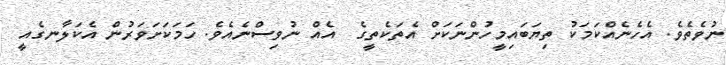
ނުވެތެވެ. އެހެނެއްކަމަކު ތިޔަބައިމީހުންނަކަށް އެތަކެތީގެ  އެއް ނުވިސްނެއެވެ. ހަމަކަށަވަރުން އެކަލާނގެއީ